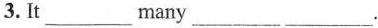
3. It___many___ ___.